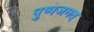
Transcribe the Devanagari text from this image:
पुष्पजगत्